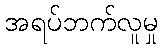
အရပ်ဘက်လူမှု